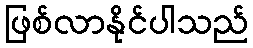
ဖြစ်လာနိုင်ပါသည်